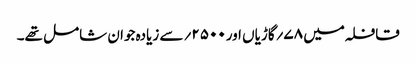
قافلہ میں ۷۸؍گاڑیاں اور۵۰۰ ۲؍سے زیادہ جوان شامل تھے۔